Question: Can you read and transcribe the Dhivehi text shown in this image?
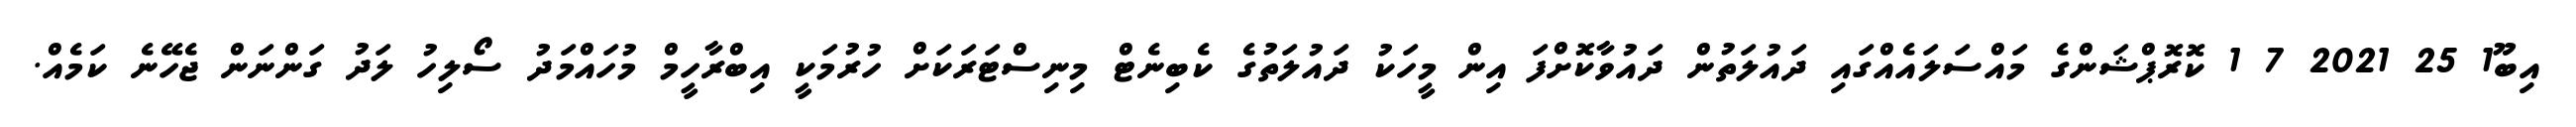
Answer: އިބޫ1 25 2021 7 1 ކޮރޮޕްޝަންގެ މައްސަލައެއްގައި ދައުލަތުން ދައުވާކޮށްފަ އިން މީހަކު ދައުލަތުގެ ކެބިނެޓް މިނިސްޓަރަކަށް ހުރުމަކީ އިބްރާހީމް މުހައްމަދު ސޯލިހު ލަދު ގަންނަން ޖެހޭނެ ކަމެއް.